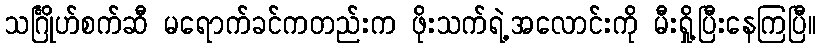
သင်္ဂြိုဟ်စက်ဆီ မရောက်ခင်ကတည်းက ဖိုးသက်ရဲ့အလောင်းကို မီးရှို့ပြီးနေကြပြီ။